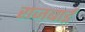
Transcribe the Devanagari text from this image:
राजबाई